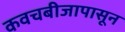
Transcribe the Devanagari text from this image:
कवचबीजापासून